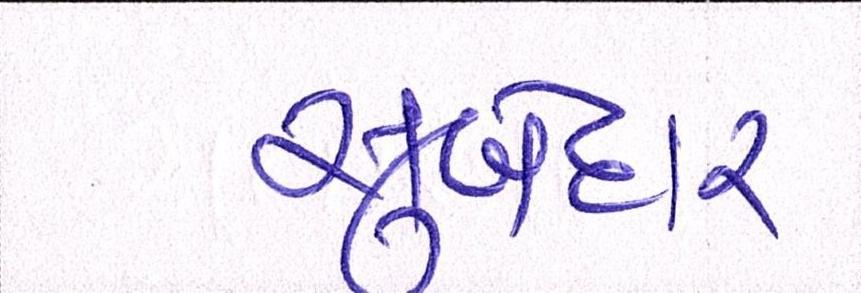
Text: સુબેદાર